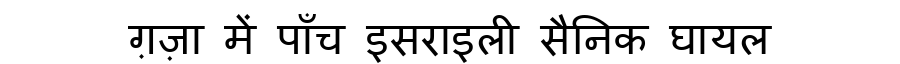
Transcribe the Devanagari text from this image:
ग़ज़ा में पाँच इसराइली सैनिक घायल